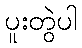
ပူးတွဲပါ